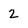
Character: 2